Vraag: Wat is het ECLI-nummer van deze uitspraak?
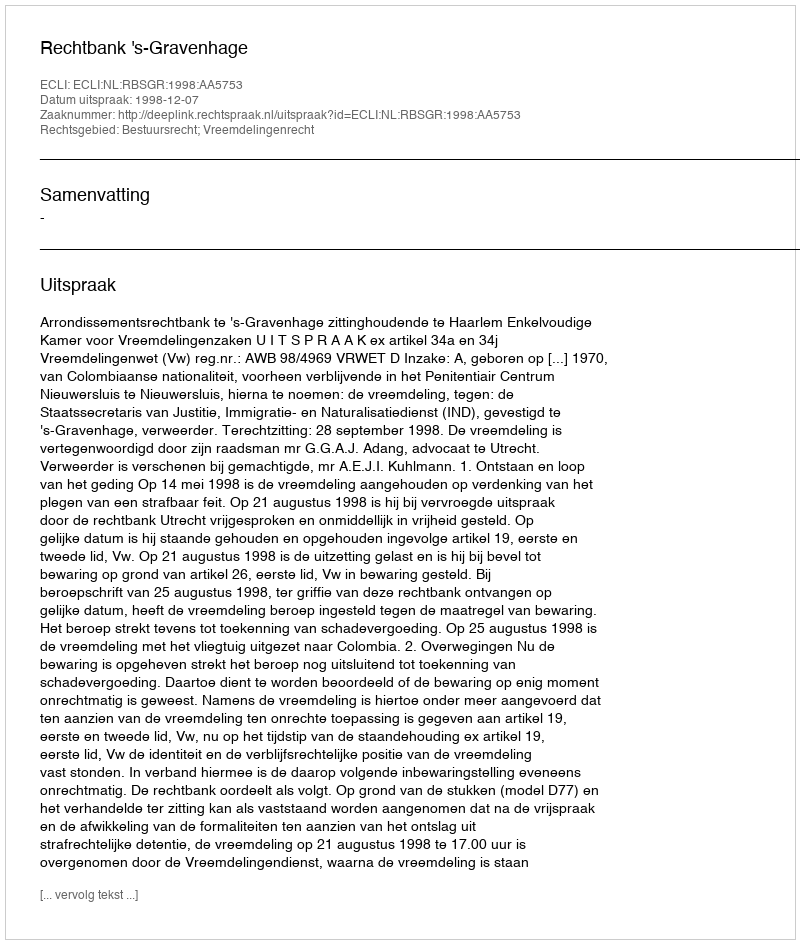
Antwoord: ECLI:NL:RBSGR:1998:AA5753